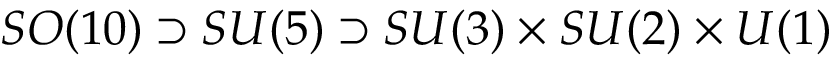
S O ( 1 0 ) \supset S U ( 5 ) \supset S U ( 3 ) \times S U ( 2 ) \times U ( 1 )